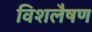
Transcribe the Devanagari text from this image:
विशलैषण